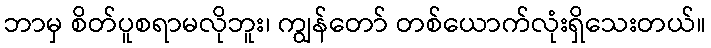
ဘာမှ စိတ်ပူစရာမလိုဘူး၊ ကျွန်တော် တစ်ယောက်လုံးရှိသေးတယ်။